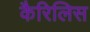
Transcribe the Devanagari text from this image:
कैरिलिस